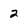
Character: 2